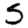
Digit: 5